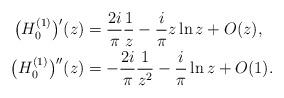
LaTeX: \begin{align*}\big(H_0^{(1)}\big)'(z) &= \frac{2i}{\pi }\frac{1}{z} - \frac{i}{\pi} z\ln z +O(z),\\\big(H_0^{(1)}\big)''(z) &= -\frac{2i}{\pi }\frac{1}{z^2} - \frac{i}{\pi} \ln z +O(1).\end{align*}